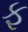
ફ